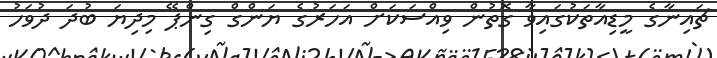
ޗައިނާގެ މީޑިއާތަކުގައިވާ ގޮތުން ވިއްސަކަަށް އަހަރުގެ ޔަންގް ގިންޕޭ މިދިޔަ ބުދަ ދުވަހު